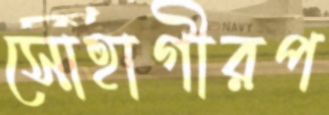
সোহাগীরপ